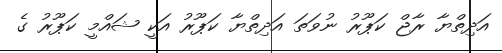
އަދިތްޔާ ރާޖް ކަޕޫރު ނުވަތަ އަދިތްޔާ ކަޕޫރު އަކީ ޝައްމީ ކަޕޫރު ގެ